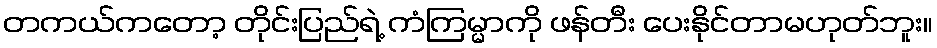
တကယ်ကတော့ တိုင်းပြည်ရဲ့ ကံကြမ္မာကို ဖန်တီး ပေးနိုင်တာမဟုတ်ဘူး။